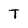
Character: T